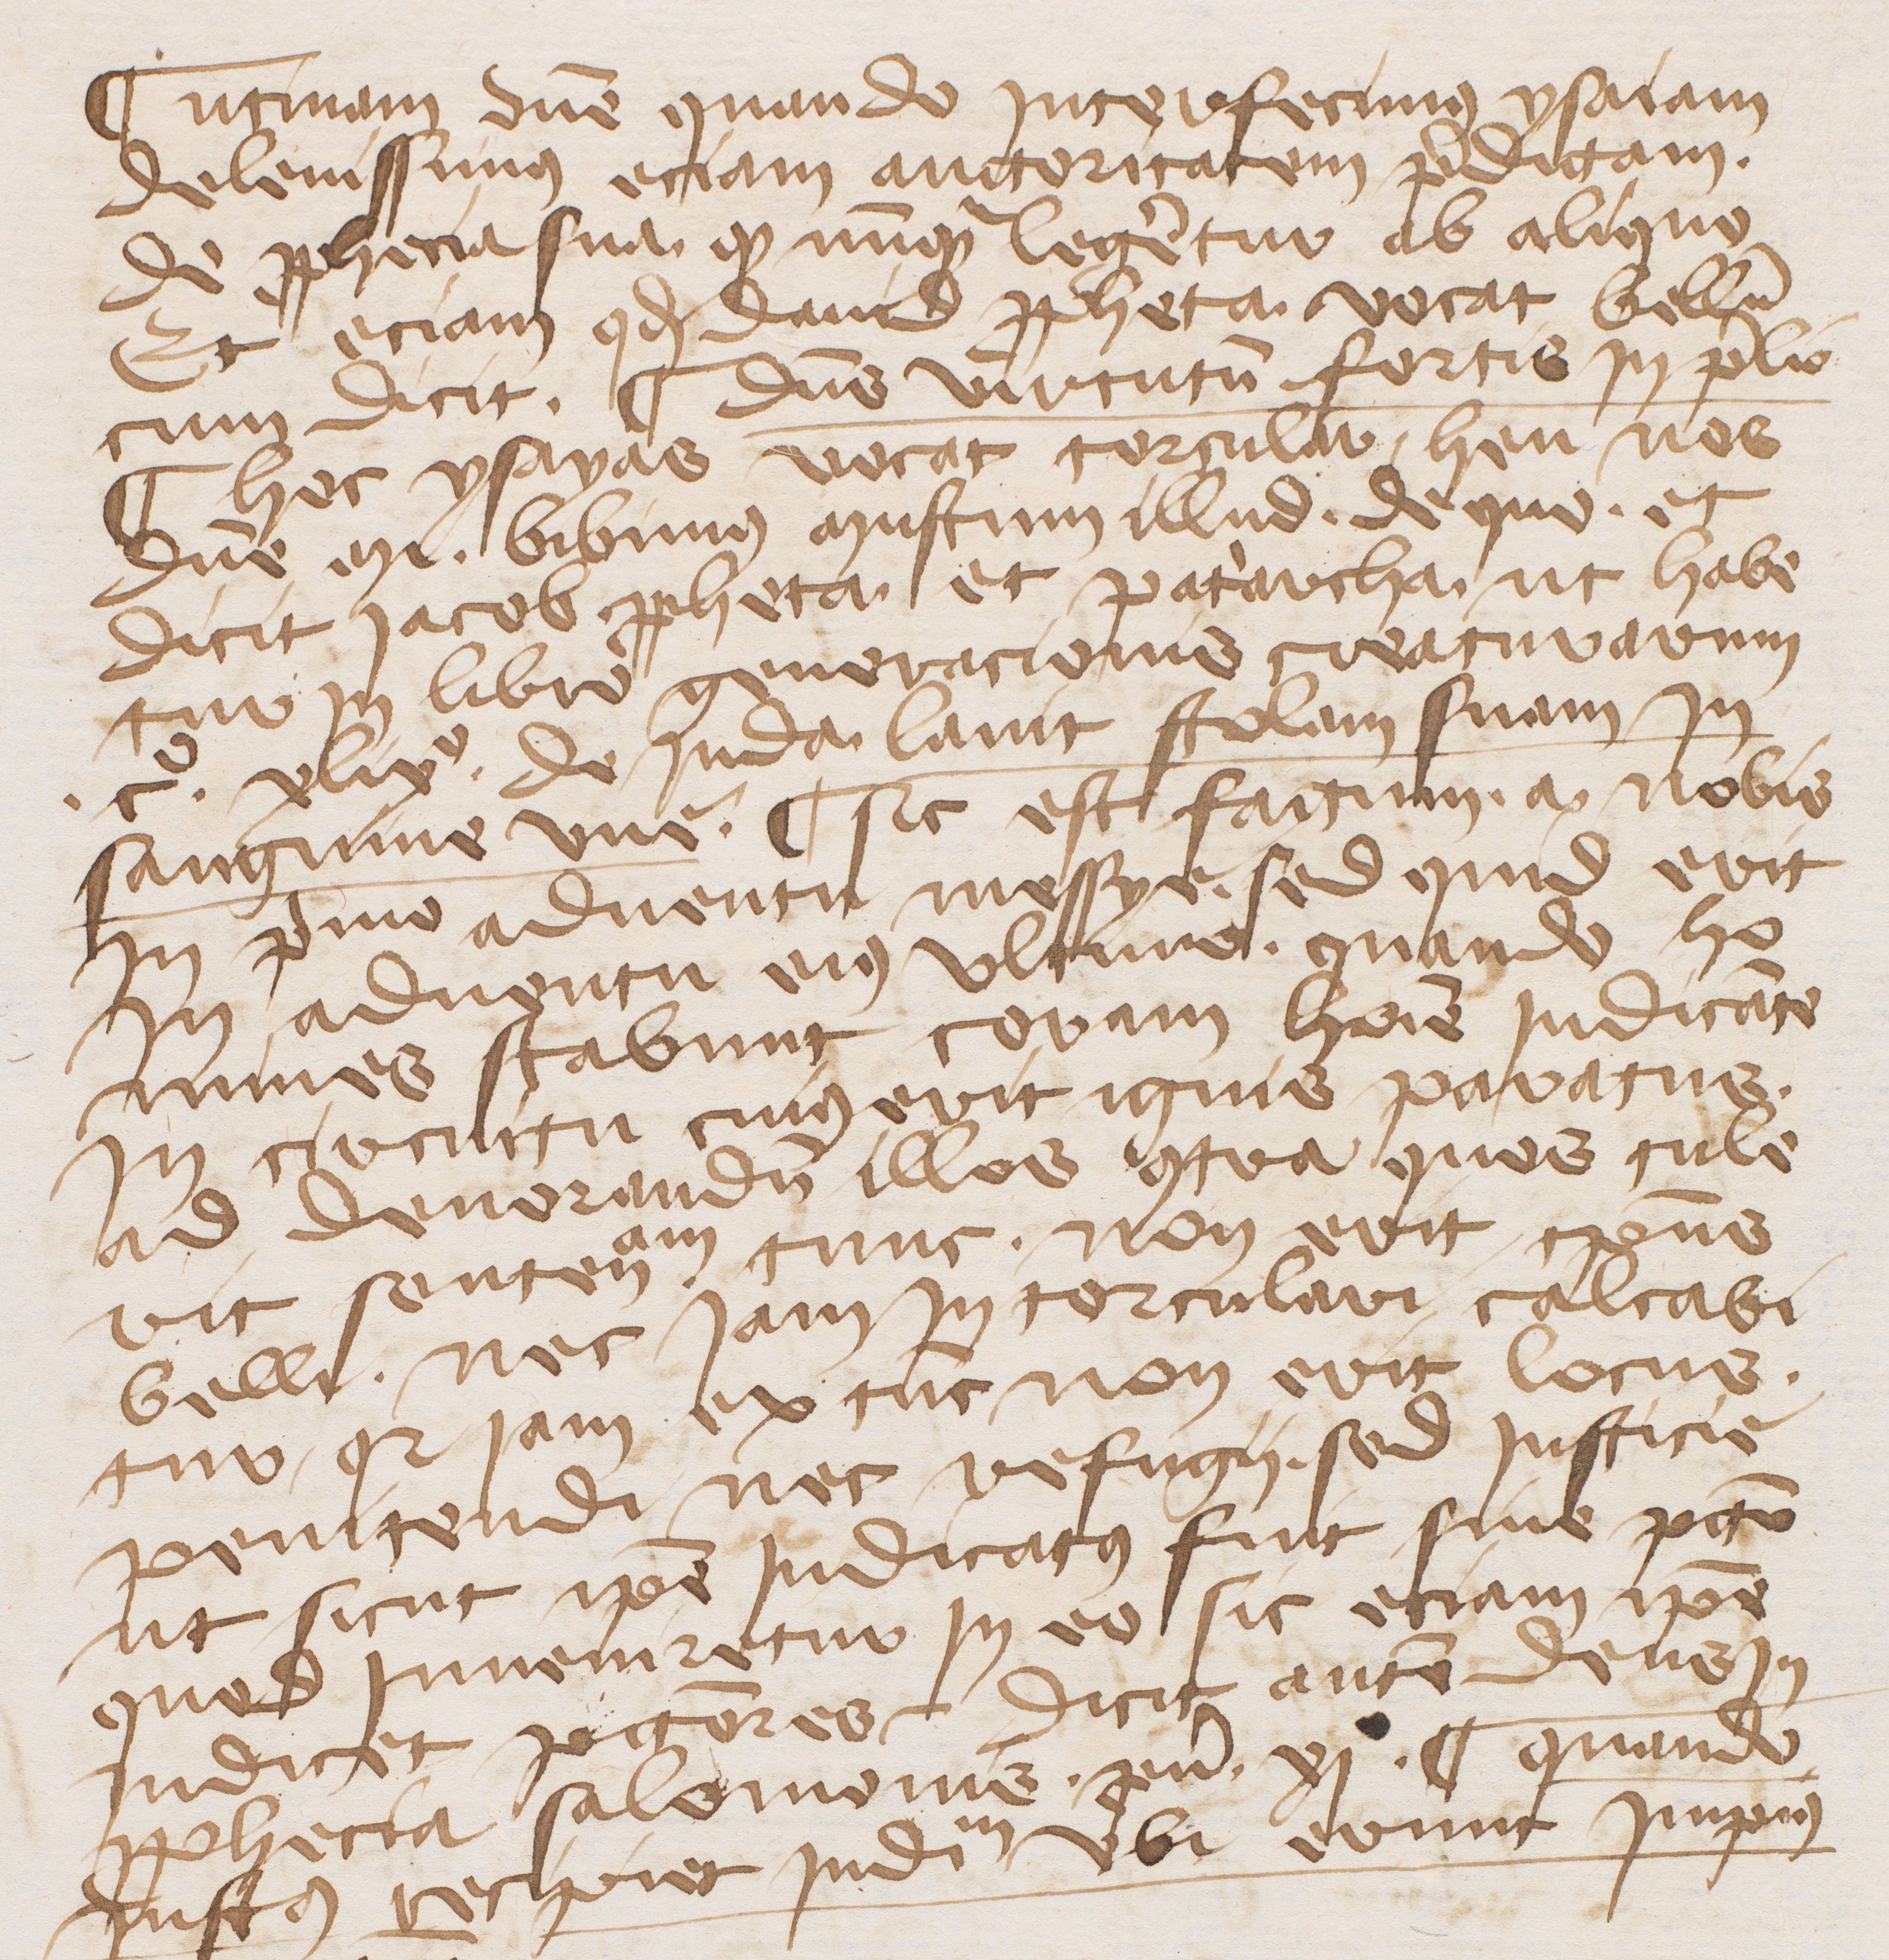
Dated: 1345–1355